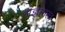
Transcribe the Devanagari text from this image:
अज्ञानत्व